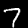
Digit: 7